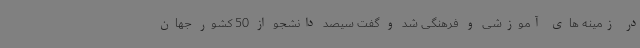
در زمینه های آموزشی و فرهنگی شد و گفت سیصد دانشجو از 50 کشور جهان